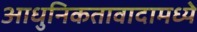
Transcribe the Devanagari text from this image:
आधुनिकतावादामध्ये